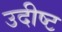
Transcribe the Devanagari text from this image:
उदीष्ट